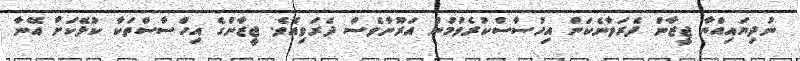
ނުދިޔައިއްޔާ ޖީޒާން ދެރަވާނެކަން އިހުސާސްކުރެވުމުން އަރޫނާވެސް ދެރަވިއެވެ. ޖީޒާންގެ އިހްސާސްތަކާ ކުޅޭކަށް އޭނާ